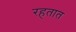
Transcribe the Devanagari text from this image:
रहतात